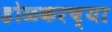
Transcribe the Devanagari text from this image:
होळकरच्या